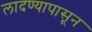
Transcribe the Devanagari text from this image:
लादण्यापासून